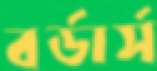
বর্ডার্স